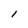
Character: I